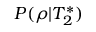
P ( \rho | T _ { 2 } ^ { * } )